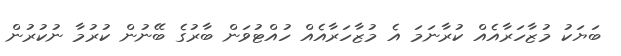
ބަޔަކު މުޒާހަރާއެއް ކުރާނަމަ އެ މުޒާހަރާއެއް ހުއްޓުވަން ބާރުގެ ބޭނުން ކުރުމާ ނުކުރުން